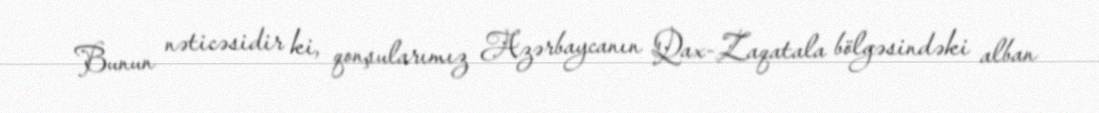
Bunun nəticəsidir ki, qonşularımız Azərbaycanın Qax-Zaqatala bölgəsindəki alban